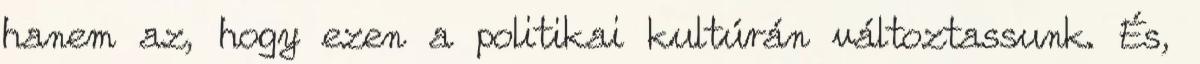
hanem az, hogy ezen a politikai kultúrán változtassunk. És,